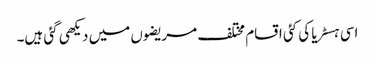
اسی ہسٹریا کی کئی اقسام مختلف مریضوں میں دیکھی گئی ہیں۔